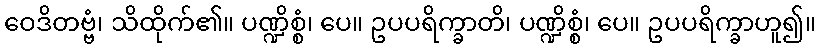
ဝေဒိတဗ္ဗံ၊ သိထိုက်၏။ ပဏ္ဍိစ္စံ၊ ပေ။ ဥပပရိက္ခာတိ၊ ပဏ္ဍိစ္စံ၊ ပေ။ ဥပပရိက္ခာဟူ၍။